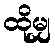
ထိုမျှ